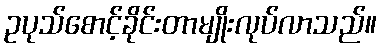
ဥပုသ်စောင့်ခိုင်းတာမျိုးလုပ်လာသည်။